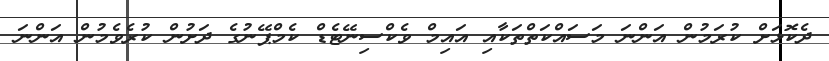
ދެކޮޅަށް ކުރަމުން އަންނަ މަސައްކަތްތަކާއި އައިމް ވެކްސިނޭޓެޑް ކެމްޕޭނުގެ ދަށުން ކުރެވެމުން އަންނަ